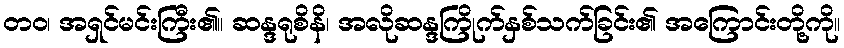
တဝ၊ အရှင်မင်းကြီး၏။ ဆန္ဒရုစိနိ၊ အလိုဆန္ဒကြိုက်နှစ်သက်ခြင်း၏ အကြောင်းတို့ကို။